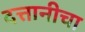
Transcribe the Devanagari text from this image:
दत्तानीचा